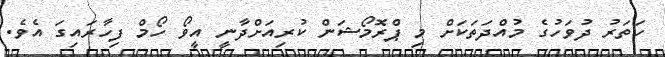
ހަތަރު ދުވަހުގެ މުއްދަތަކަށް މި ޕްރޮމޯޝަން ކުރިއަށްދާނީ އީވޯ ހޯމް ފިހާރައިގަ އެވެ.